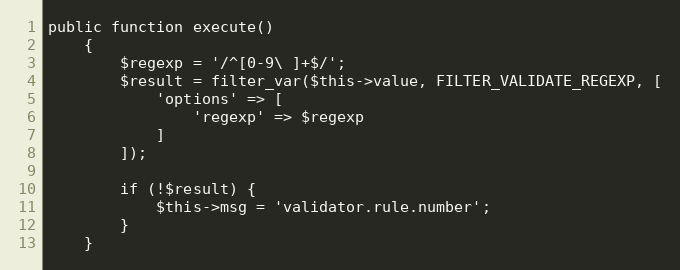
Language: PHP
public function execute()
    {
        $regexp = '/^[0-9\ ]+$/';
        $result = filter_var($this->value, FILTER_VALIDATE_REGEXP, [
            'options' => [
                'regexp' => $regexp
            ]
        ]);

        if (!$result) {
            $this->msg = 'validator.rule.number';
        }
    }